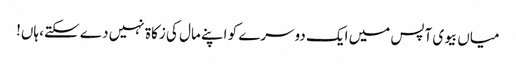
میاں بیوی آپس میں ایک دوسرے کو اپنے مال کی زکاۃ نہیں دے سکتے، ہاں!